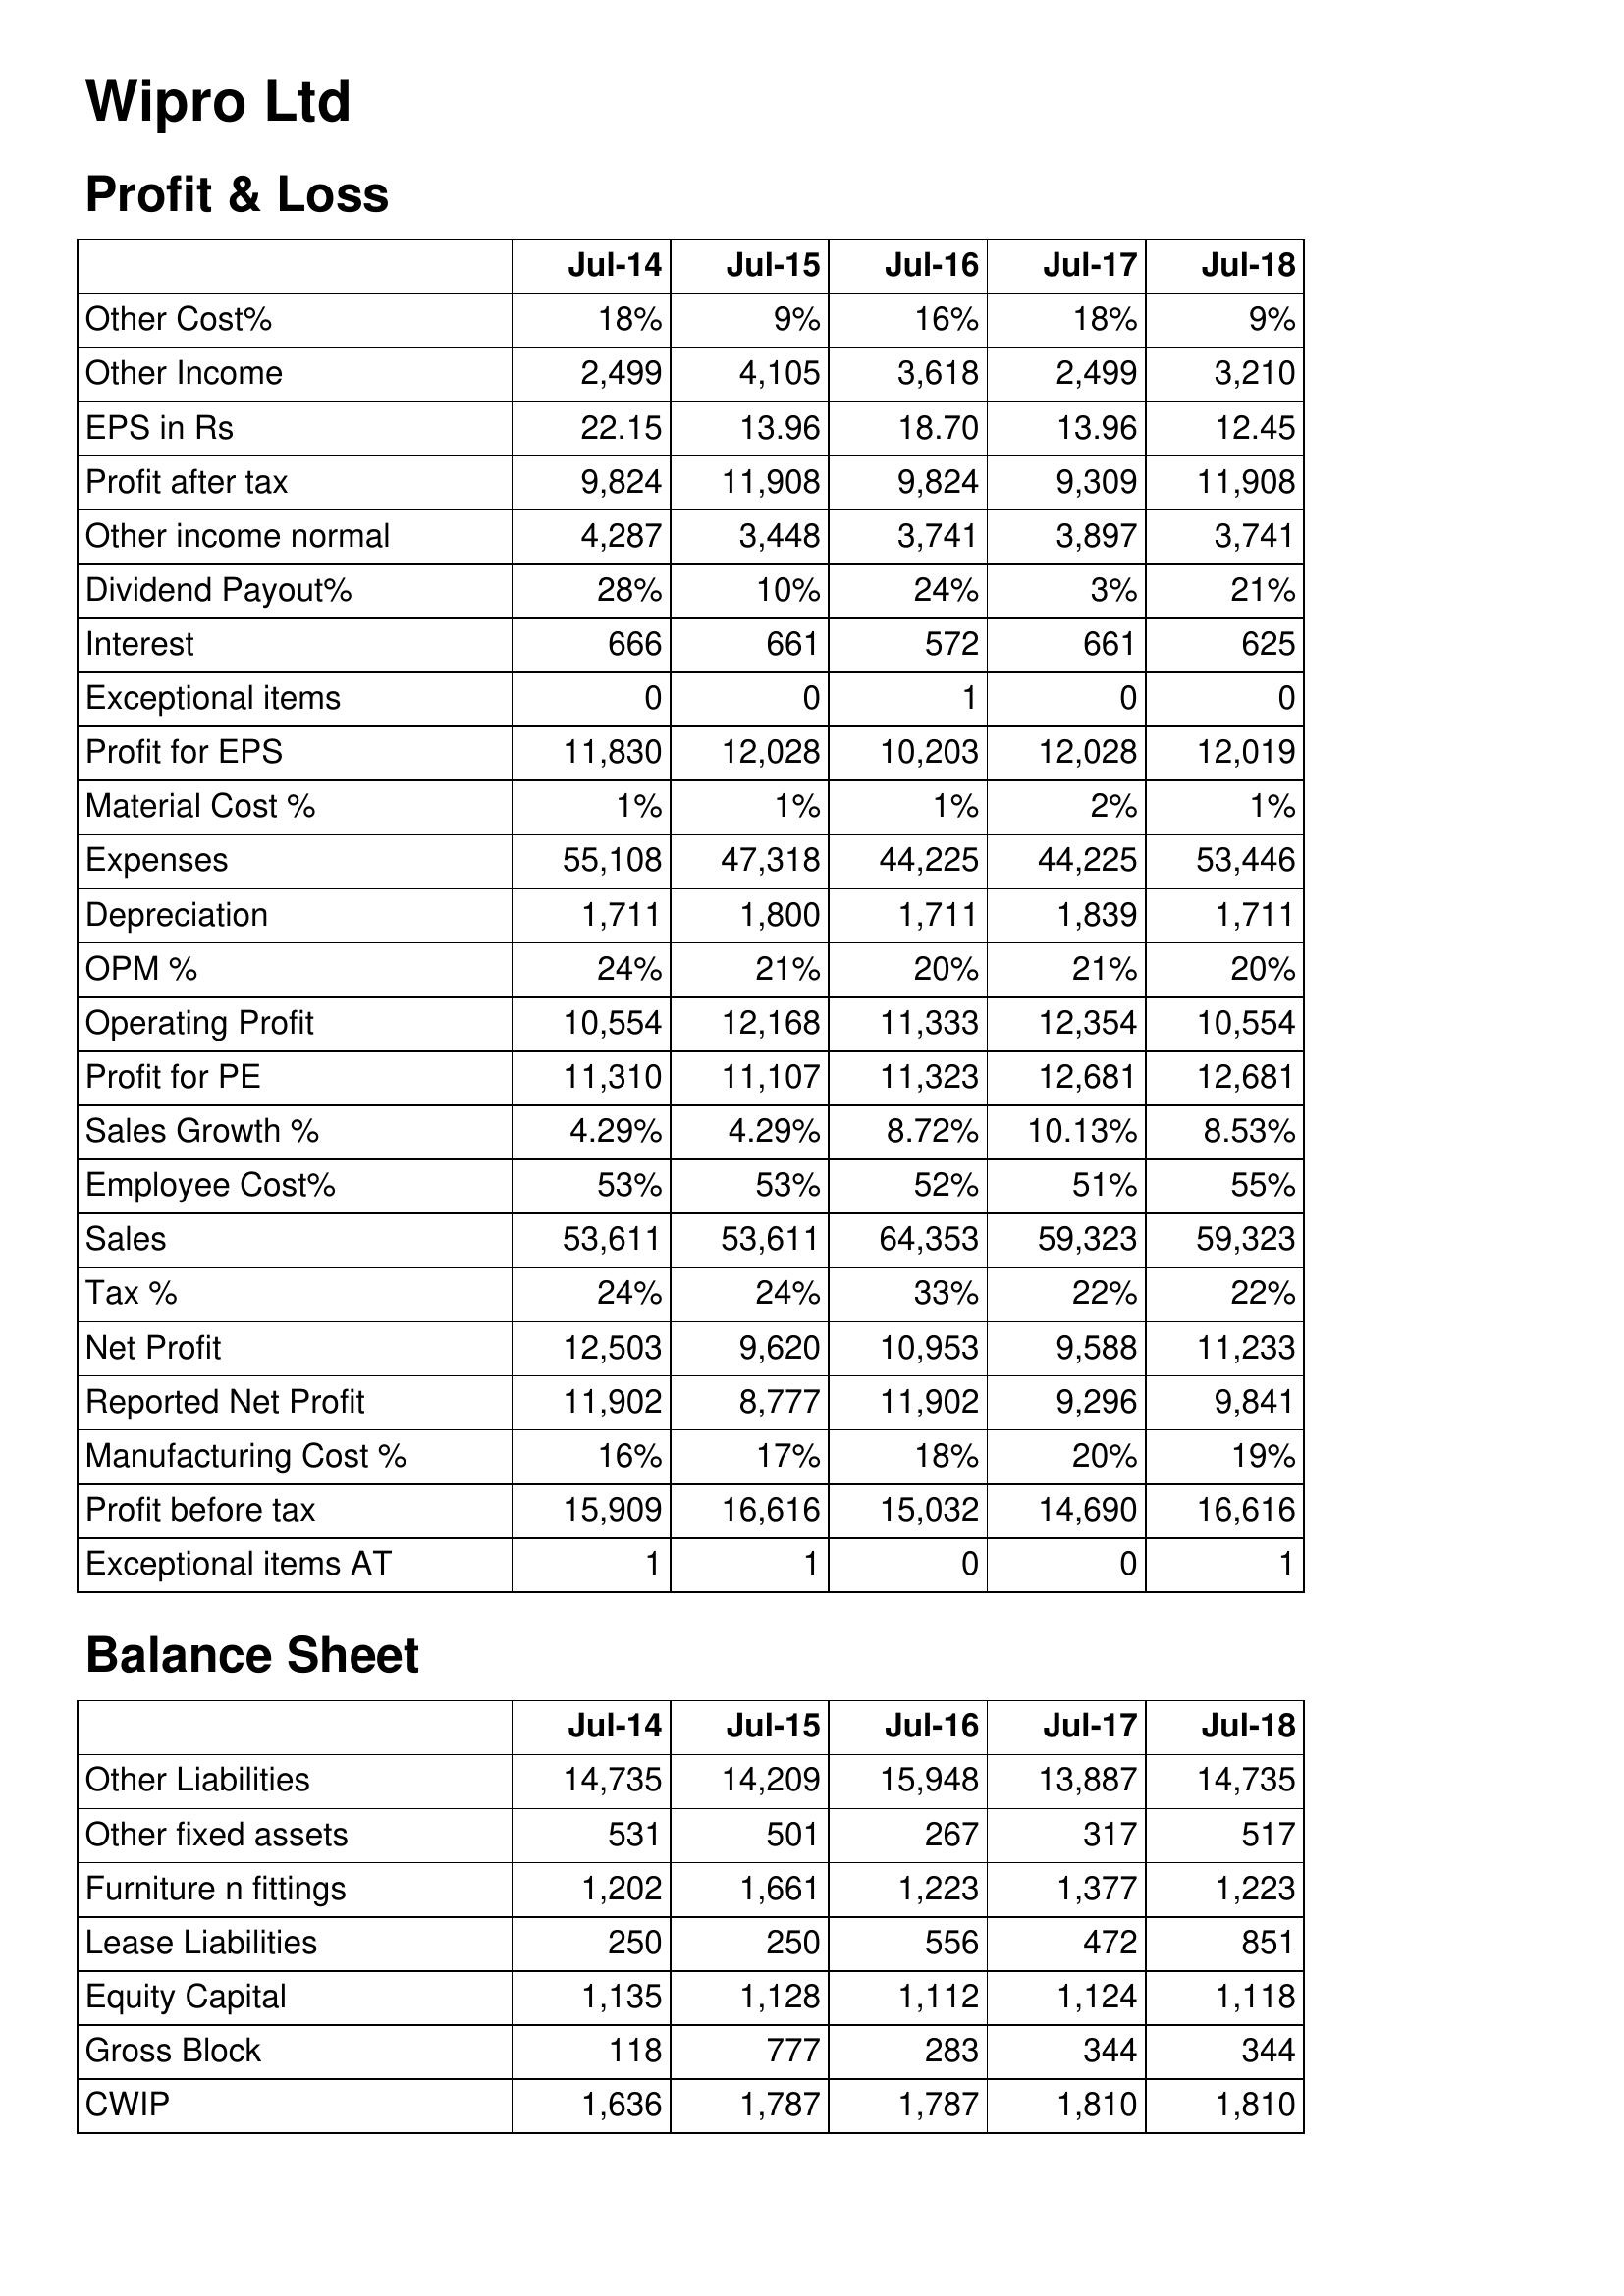
Jul-14: Profit & Loss: Other Cost%: 18%
Other Income: 2,499
EPS in Rs: 22.15
Profit after tax: 9,824
Other income normal: 4,287
Dividend Payout%: 28%
Interest: 666
Exceptional items: 0
Profit for EPS: 11,830
Material Cost %: 1%
Expenses: 55,108
Depreciation: 1,711
OPM %: 24%
Operating Profit: 10,554
Profit for PE: 11,310
Sales Growth %: 4.29%
Employee Cost%: 53%
Sales: 53,611
Tax %: 24%
Net Profit: 12,503
Reported Net Profit: 11,902
Manufacturing Cost %: 16%
Profit before tax: 15,909
Exceptional items AT: 1
Balance Sheet: Other Liabilities: 14,735
Other fixed assets: 531
Furniture n fittings: 1,202
Lease Liabilities: 250
Equity Capital: 1,135
Gross Block: 118
CWIP: 1,636
Jul-15: Profit & Loss: Other Cost%: 9%
Other Income: 4,105
EPS in Rs: 13.96
Profit after tax: 11,908
Other income normal: 3,448
Dividend Payout%: 10%
Interest: 661
Exceptional items: 0
Profit for EPS: 12,028
Material Cost %: 1%
Expenses: 47,318
Depreciation: 1,800
OPM %: 21%
Operating Profit: 12,168
Profit for PE: 11,107
Sales Growth %: 4.29%
Employee Cost%: 53%
Sales: 53,611
Tax %: 24%
Net Profit: 9,620
Reported Net Profit: 8,777
Manufacturing Cost %: 17%
Profit before tax: 16,616
Exceptional items AT: 1
Balance Sheet: Other Liabilities: 14,209
Other fixed assets: 501
Furniture n fittings: 1,661
Lease Liabilities: 250
Equity Capital: 1,128
Gross Block: 777
CWIP: 1,787
Jul-16: Profit & Loss: Other Cost%: 16%
Other Income: 3,618
EPS in Rs: 18.70
Profit after tax: 9,824
Other income normal: 3,741
Dividend Payout%: 24%
Interest: 572
Exceptional items: 1
Profit for EPS: 10,203
Material Cost %: 1%
Expenses: 44,225
Depreciation: 1,711
OPM %: 20%
Operating Profit: 11,333
Profit for PE: 11,323
Sales Growth %: 8.72%
Employee Cost%: 52%
Sales: 64,353
Tax %: 33%
Net Profit: 10,953
Reported Net Profit: 11,902
Manufacturing Cost %: 18%
Profit before tax: 15,032
Exceptional items AT: 0
Balance Sheet: Other Liabilities: 15,948
Other fixed assets: 267
Furniture n fittings: 1,223
Lease Liabilities: 556
Equity Capital: 1,112
Gross Block: 283
CWIP: 1,787
Jul-17: Profit & Loss: Other Cost%: 18%
Other Income: 2,499
EPS in Rs: 13.96
Profit after tax: 9,309
Other income normal: 3,897
Dividend Payout%: 3%
Interest: 661
Exceptional items: 0
Profit for EPS: 12,028
Material Cost %: 2%
Expenses: 44,225
Depreciation: 1,839
OPM %: 21%
Operating Profit: 12,354
Profit for PE: 12,681
Sales Growth %: 10.13%
Employee Cost%: 51%
Sales: 59,323
Tax %: 22%
Net Profit: 9,588
Reported Net Profit: 9,296
Manufacturing Cost %: 20%
Profit before tax: 14,690
Exceptional items AT: 0
Balance Sheet: Other Liabilities: 13,887
Other fixed assets: 317
Furniture n fittings: 1,377
Lease Liabilities: 472
Equity Capital: 1,124
Gross Block: 344
CWIP: 1,810
Jul-18: Profit & Loss: Other Cost%: 9%
Other Income: 3,210
EPS in Rs: 12.45
Profit after tax: 11,908
Other income normal: 3,741
Dividend Payout%: 21%
Interest: 625
Exceptional items: 0
Profit for EPS: 12,019
Material Cost %: 1%
Expenses: 53,446
Depreciation: 1,711
OPM %: 20%
Operating Profit: 10,554
Profit for PE: 12,681
Sales Growth %: 8.53%
Employee Cost%: 55%
Sales: 59,323
Tax %: 22%
Net Profit: 11,233
Reported Net Profit: 9,841
Manufacturing Cost %: 19%
Profit before tax: 16,616
Exceptional items AT: 1
Balance Sheet: Other Liabilities: 14,735
Other fixed assets: 517
Furniture n fittings: 1,223
Lease Liabilities: 851
Equity Capital: 1,118
Gross Block: 344
CWIP: 1,810